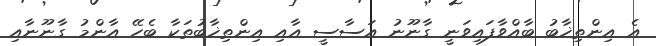
އެ އިންތިޚާބު ބާއްވާފައިވަނީ ގާނޫނު އަސާސީ އާއި އިންތިޚާބުތަކާ ބެހޭ އާންމު ގާނޫނާއި